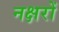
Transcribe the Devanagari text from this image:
नक्षरों